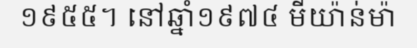
១៩៥៥។ នៅឆ្នាំ១៩៧៤ មីយ៉ាន់ម៉ា